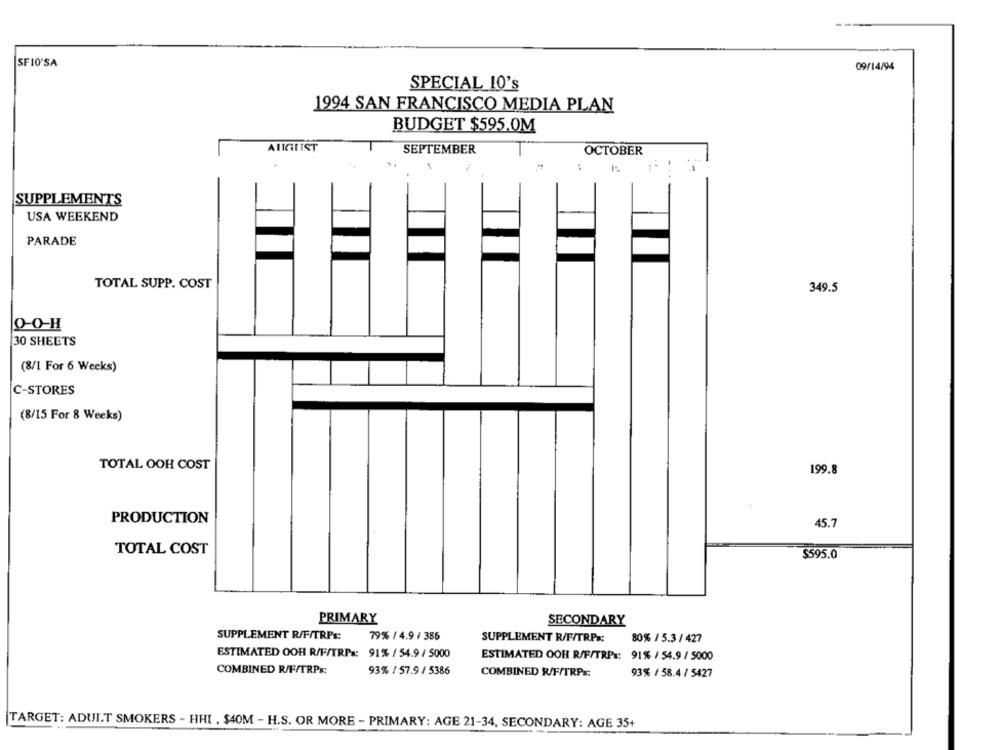
SFI0'SA
09/14/94
SPECIAL 10's
1994 SAN FRANCISCO MEDIA PLAN
BUDGET $595.0M
ATIGTIST
SEPTEMBER
OCTOBER
:
SUPPLEMENTS
USA WEEKEND
PARADE
TOTAL SUPP. COST
349.5
O-O-H
30 SHEETS
(8/1 For 6 Weeks)
C-STORES
(8/15 For 8 Weeks)
TOTAL OOH COST
199.8
PRODUCTION
45.7
TOTAL COST
$595.0
PRIMARY
SECONDARY
SUPPLEMENT R/F/TRPs:
79% / 4.9 / 386
SUPPLEMENT R/F/TRPx;
80% / 5.3 / 427
ESTIMATED OOH R/F/TRPs: 91% / 54.9 / 5000
ESTIMATED OOH R/F/TRPs: 91% / 54.9 / 5000
COMBINED R/F/TRPs:
93% / 57.9 / 5386
COMBINED R/F/TRPs:
93% / 58.4 / 5427
TARGET: ADULT SMOKERS - HHI , $40M - H.S. OR MORE - PRIMARY: AGE 21-34, SECONDARY: AGE 35+